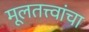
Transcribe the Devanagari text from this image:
मूलतत्त्वांचा